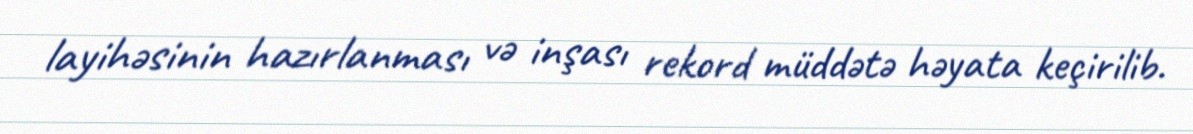
layihəsinin hazırlanması və inşası rekord müddətə həyata keçirilib.